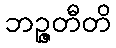
ဘဉ္ဇတီတိ